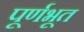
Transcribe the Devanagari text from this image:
पूर्णभूत